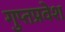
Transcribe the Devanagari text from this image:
गुप्तप्रवेश